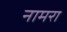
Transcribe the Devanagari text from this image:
नामरा